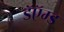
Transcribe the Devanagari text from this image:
डॅऍम्ड